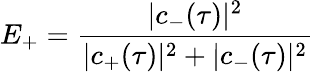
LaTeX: E_{+}=\frac{|c_{-}(\tau)|^{2}}{|c_{+}(\tau)|^{2}+|c_{-}(\tau)|^{2}}